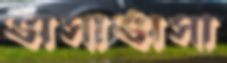
ভাসাভাসা